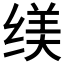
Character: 𱺩